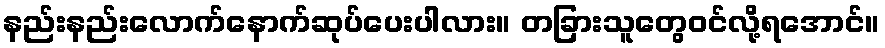
နည်းနည်းလောက်နောက်ဆုပ်ပေးပါလား။ တခြားသူတွေဝင်လို့ရအောင်။